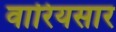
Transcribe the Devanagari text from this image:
वारियसार